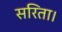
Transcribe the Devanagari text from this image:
सरिता।